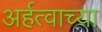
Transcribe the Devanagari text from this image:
अर्हत्वाच्या